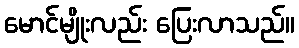
မောင်မျိုးလည်း ပြေးလာသည်။